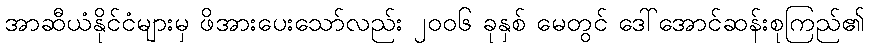
အာဆီယံနိုင်ငံများမှ ဖိအားပေးသော်လည်း ၂၀၀၆ ခုနှစ် မေတွင် ဒေါ်အောင်ဆန်းစုကြည်၏